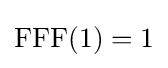
{\text{FFF}}(1)=1